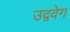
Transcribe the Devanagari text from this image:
उद्ववेग